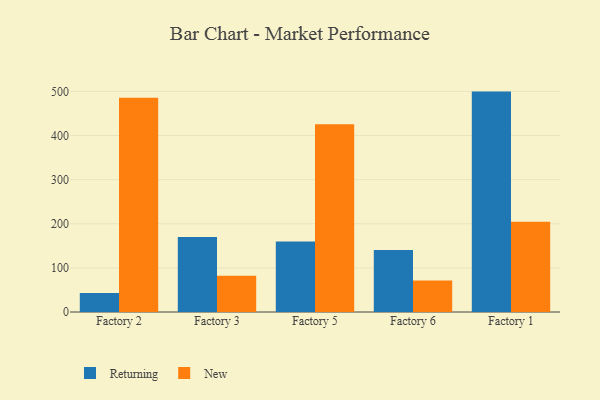
{"axis": {"x": "Factory", "y": "Conversion Rate (%)"}, "legend": ["New", "Returning"], "data": [{"x": "Factory 2", "y": 43.1, "type": "Returning"}, {"x": "Factory 2", "y": 485.8, "type": "New"}, {"x": "Factory 3", "y": 170.0, "type": "Returning"}, {"x": "Factory 3", "y": 82.1, "type": "New"}, {"x": "Factory 5", "y": 159.8, "type": "Returning"}, {"x": "Factory 5", "y": 425.7, "type": "New"}, {"x": "Factory 6", "y": 140.7, "type": "Returning"}, {"x": "Factory 6", "y": 71.6, "type": "New"}, {"x": "Factory 1", "y": 499.5, "type": "Returning"}, {"x": "Factory 1", "y": 204.4, "type": "New"}]}